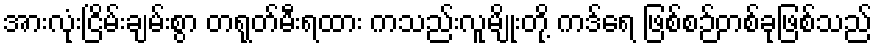
အားလုံးငြိမ်းချမ်းစွာ တရုတ်မီးရထား ကသည်းလူမျိုးတို့ ကဒ်ရေ ဖြစ်စဉ်တစ်ခုဖြစ်သည်